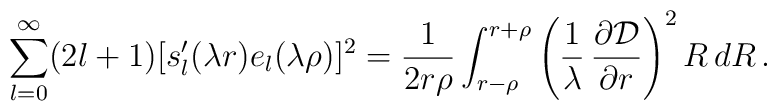
\sum_{l=0}^{\infty}(2l+1)[s_l^{\prime}(\lambda  r)e_l(\lambda\rho)]^2=\frac{1}{2r \rho}\int_{r-\rho}^{r+\rho}  \left(\frac{1}{\lambda}\,\frac{\partial{\cal D}}{\partial r} \right)^2R\,dR\,.